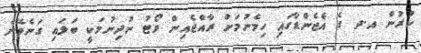
ކުރުން އ.ދ ގެ އެޖެންޑާގައި ހިމެނުމަށް ރާއްޖެއިން ވޯޓު ނުދިނުމަކީ ބަލައި ގަނެވޭނެ